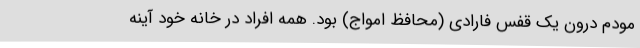
مودم درون یک قفس فارادی (محافظ امواج) بود. همه افراد در خانه خود آینه